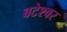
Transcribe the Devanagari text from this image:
बटेश्‍वर